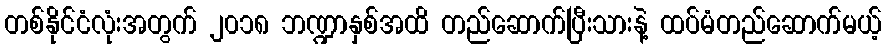
တစ်နိုင်ငံလုံးအတွက် ၂၀၁၈ ဘဏ္ဍာနှစ်အထိ တည်ဆောက်ပြီးသားနဲ့ ထပ်မံတည်ဆောက်မယ့်